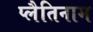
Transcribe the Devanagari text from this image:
प्लैतिनाम